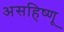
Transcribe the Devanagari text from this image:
असहिष्णू